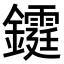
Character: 𨯊